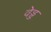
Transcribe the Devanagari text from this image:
वेड्ड